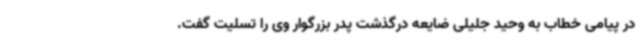
در پیامی خطاب به وحید جلیلی ضایعه درگذشت پدر بزرگوار وی را تسلیت گفت.